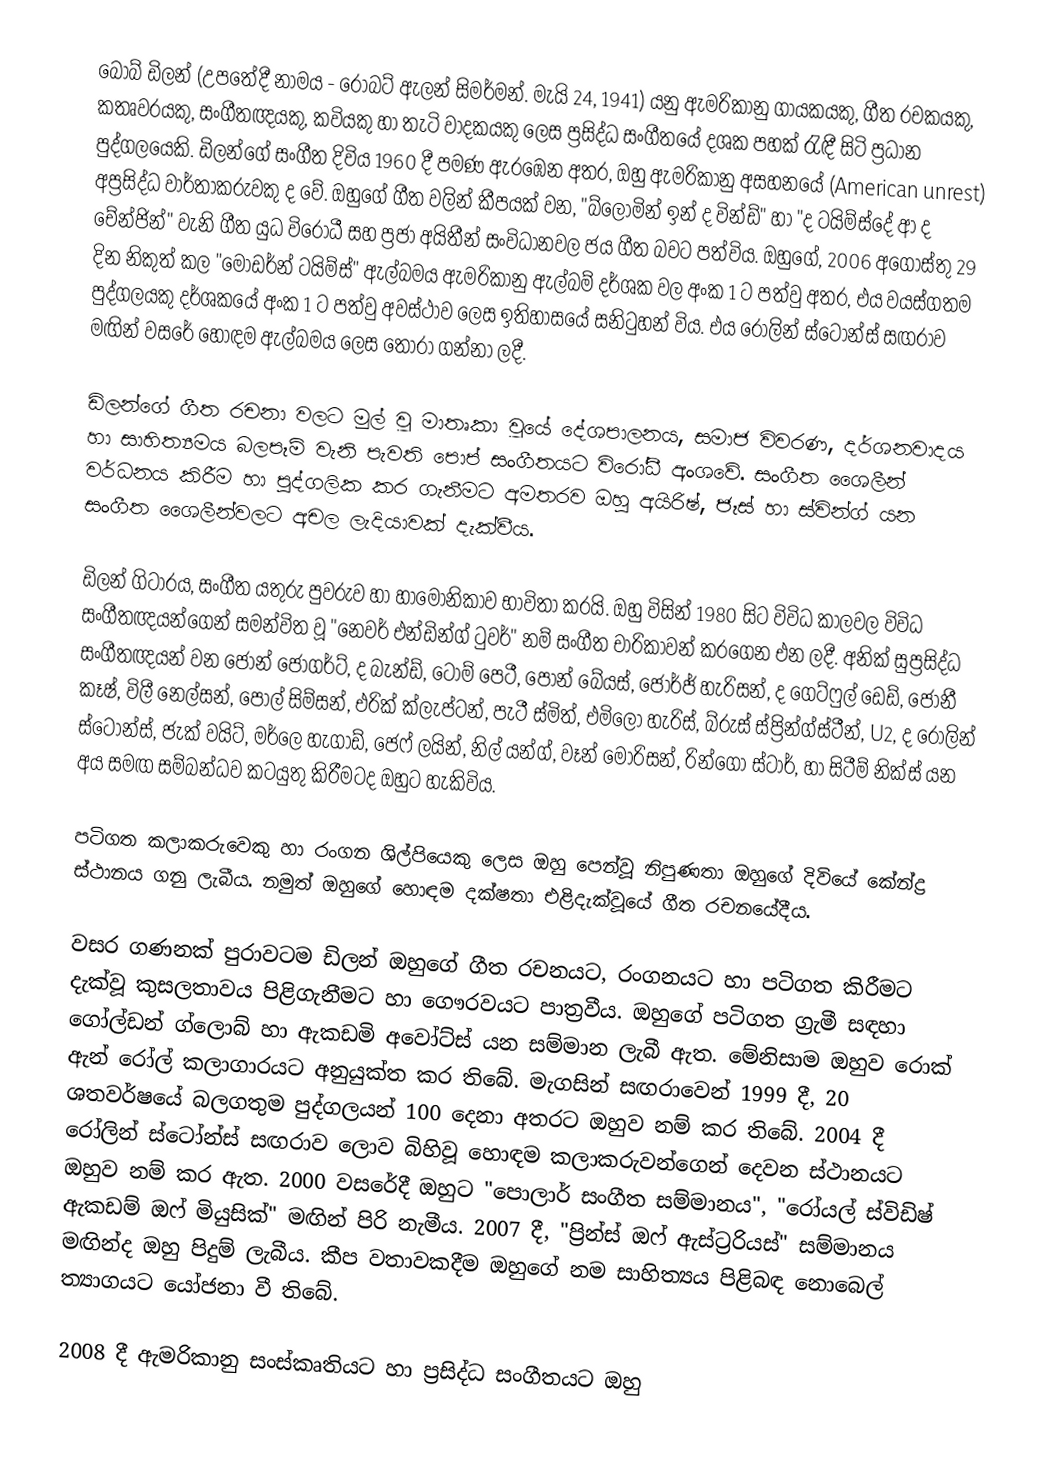
බොබ් ඩිලන් (උපතේදී නාමය - රොබට් ඇලන් සිමර්මන්. මැයි 24, 1941) යනු ඇමරිකානු ගායකයකු, ගීත රචකයකු, කතෘවරයකු, සංගීතඥයකු, කවියකු හා තැටි වාදකයකු ලෙස ප්‍රසිද්ධ සංගීතයේ දශක පහක් රැඳී සිටි ප්‍රධාන පුද්ගලයෙකි. ඩිලන්ගේ සංගීත දිවිය 1960 දී පමණ ඇරඹෙන අතර, ඔහු ඇමරිකානු අසහනයේ (American unrest) අප්‍රසිද්ධ වාර්තාකරුවකු ද වේ. ඔහුගේ ගීත වලින් කීපයක් වන, "බ්ලොමින් ඉන් ද වින්ඩ්" හා "ද ටයිම්ස්දේ ආ ද චේන්ජින්" වැනි ගීත යුධ විරෝධී සහ ප්‍රජා අයිතීන් සංවිධානවල ජය ගීත බවට පත්විය. ඔහුගේ, 2006 අගෝස්තු 29 දින නිකුත් කල "මොඩර්න් ටයිම්ස්" ඇල්බමය ඇමරිකානු ඇල්බම් දර්ශක වල අංක 1 ට පත්වු අතර, එය වයස්ගතම පුද්ගලයකු දර්ශකයේ අංක 1 ට පත්වු අවස්ථාව ලෙස ඉතිහාසයේ සනිටුහන් විය. එය රෝලින් ස්ටෝන්ස් සඟරාව මඟින් වසරේ හොඳම ඇල්බමය ලෙස තෝරා ගන්නා ලදී.

ඩිලන්ගේ ගීත රචනා වලට මුල් වූ මාතෘකා වූයේ දේශපාලනය, සමාජ විවරණ, දර්ශනවාදය හා සාහිත්‍යමය බලපෑම් වැනි පැවති පොප් සංගීතයට විරෝධී අංශවේ. සංගීත ශෛලීන් වර්ධනය කිරීම හා පුද්ගලික කර ගැනීමට අමතරව ඔහු අයිරිෂ්, ජෑස් හා ස්වින්ග් යන සංගීත ශෛලීන්වලට අචල ලැදියාවක් දැක්වීය.

ඩිලන් ගිටාරය, සංගීත යතුරු පුවරුව හා හාමොනිකාව භාවිතා කරයි. ඔහු විසින් 1980 සිට විවිධ කාලවල විවිධ සංගීතඥයන්ගෙන් සමන්විත වූ "නෙවර් එන්ඩින්ග් ටුවර්" නම් සංගීත චාරිකාවන් කරගෙන එන ලදී. අනික් සුප්‍රසිද්ධ සංගීතඥයන් වන ජෝන් ජොගර්ට්, ද බැන්ඩ්, ටොම් පෙටී, පෝන් බේයස්, ජෝර්ජ් හැරිසන්, ද ගෙට්ෆුල් ‍ඩෙඩ්, ජොනී කෑෂ්, විලී නෙල්සන්, පෝල් සිම්සන්, එරික් ක්ලැප්ටන්, පැටී ස්මිත්, එමිලෝ හැරිස්, බ්රුස් ස්ප්‍රින්ග්ස්ටීන්, U2, ද රෝලින් ස්ටෝන්ස්, ජැක් වයිට්, මර්ලෙ හැගාඩ්, ජෙෆ් ලයින්, නිල් යන්ග්, වෑන් මොරිසන්, රින්ගො ස්ටාර්, හා සිටීම් නික්ස් යන අය සමඟ සම්බන්ධව කටයුතු කිරීමටද ඔහුට හැකිවිය.

පටිගත කලාකරුවෙකු හා රංගන ශිල්පියෙකු ලෙස ඔහු පෙන්වූ නිපුණතා ඔහුගේ දිවියේ කේන්ද්‍ර ස්ථානය ගනු ලැබීය. නමුත් ඔහුගේ හොඳම දක්ෂතා එළිදැක්වූයේ ගීත රචනයේදීය.

වසර ගණනක් පුරාවටම ඩිලන් ඔහුගේ ගීත රචනයට, රංගනයට හා පටිගත කිරීමට දැක්වූ කුසලතාවය පිළිගැනීමට හා ගෞරවයට පාත්‍රවීය. ඔහුගේ පටිගත ග්‍රැමී සඳහා ගෝල්ඩන් ග්ලොබ් හා ඇකඩමි අවෝට්ස් යන සම්මාන ලැබී ඇත. මේනිසාම ඔහුව රොක් ඇන් රෝල් කලාගාරයට අනුයුක්ත කර තිබේ. මැගසින් සඟරාවෙන් 1999 දී, 20 ශතවර්ෂයේ බලගතුම පුද්ගලයන් 100 දෙනා අතරට ඔහුව නම් කර තිබේ. 2004 දී රෝලින් ස්ටෝන්ස් සඟරාව ලොව බිහිවූ හොඳම කලාකරුවන්ගෙන් දෙවන ස්ථානයට ඔහුව නම් කර ඇත. 2000 වසරේදී ඔහුට "පොලාර් සංගීත සම්මානය", "රෝයල් ස්විඩිෂ් ඇකඩම් ඔෆ් මියුසික්" මඟින් පිරි නැමීය. 2007 දී, "ප්‍රින්ස් ඔෆ් ඇස්ට්‍රරියස්" සම්මානය මඟින්ද ඔහු පිදුම් ලැබීය. කීප වතාවකදීම ඔහුගේ නම සාහිත්‍යය පිළිබඳ නොබෙල් ත්‍යාගයට යෝජනා වී තිබේ.

2008 දී ඇමරිකානු සංස්කෘතියට හා ප්‍රසිද්ධ සංගීතයට ඔහු